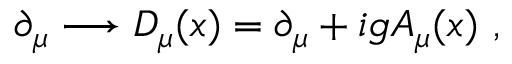
\partial _ { \mu } \longrightarrow D _ { \mu } ( x ) = \partial _ { \mu } + i g A _ { \mu } ( x ) \ ,